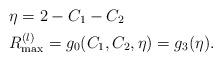
LaTeX: \begin{align*}&\eta=2-C_1-C_2\\&R_{\max}^{(l)}= g_0(C_1,C_2,\eta)=g_3(\eta).\end{align*}